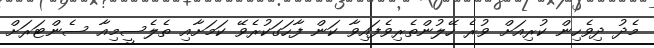
މެދު ދިވެހިން ކުރިއަށް ވުރެ ހޭލުންތެރިވެފައިވާ ކަން ފާހަގަކުރެވޭ ކަމަށާއި ތެލެސީމިއާ ސެންޓަރަށް